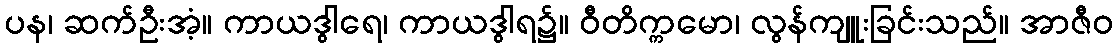
ပန၊ ဆက်ဦးအံ့။ ကာယဒွါရေ၊ ကာယဒွါရ၌။ ဝီတိက္ကမော၊ လွန်ကျူးခြင်းသည်။ အာဇီဝ